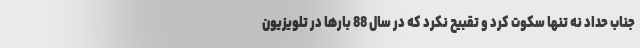
جناب حداد نه تنها سکوت کرد و تقبیح نکرد که در سال 88 بارها در تلویزیون